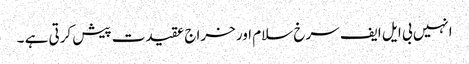
انہیں بی ایل ایف سرخ سلام اور خراج عقیدت پیش کرتی ہے ۔